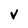
Character: V